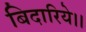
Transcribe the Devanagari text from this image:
बिदारिये।।